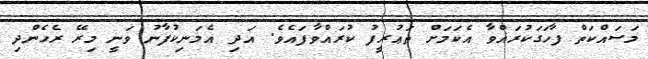
މަސައްކަތް ފާހަގަކުރައްވާ އެކަމަށް ތަޢުރީފު ކުރައްވާފައެވެ. އަދި އެމަނިކުފާނު ވަނީ މިރޭ ރެހެންދި